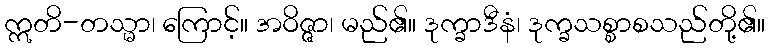
ဣတိ-တသ္မာ၊ ကြောင့်။ အဝိဇ္ဇာ၊ မည်၏။ ဒုက္ခာဒီနံ၊ ဒုက္ခသစ္စာစသည်တို့၏။